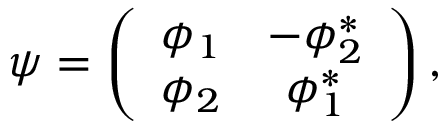
\psi = \left( \begin{array} { c c } { { \phi _ { 1 } } } & { { - \phi _ { 2 } ^ { * } } } \\ { { \phi _ { 2 } } } & { { \phi _ { 1 } ^ { * } } } \end{array} \right) ,